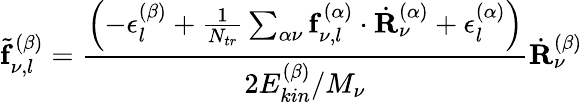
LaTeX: \tilde{\mathbf{f}}_{\nu,l}^{(\beta)}=\frac{\left(-\epsilon_{l}^{(\beta)}+\frac{1}{N_{tr}}\sum_{\alpha\nu}\mathbf{f}_{\nu,l}^{(\alpha)}\cdot\dot{\mathbf{R}}_{\nu}^{(\alpha)}+\epsilon_{l}^{(\alpha)}\right)}{2E_{kin}^{(\beta)}/M_{\nu}}\dot{\mathbf{R}}_{\nu}^{(\beta)}